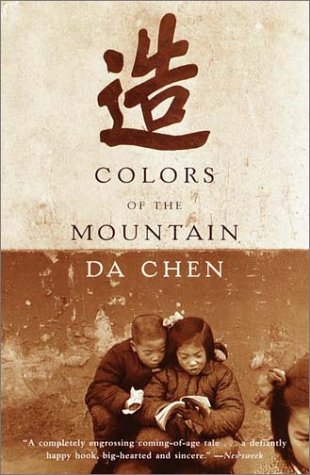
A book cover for Colors of the Mountain; Da Chen; Biographies & Memoirs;